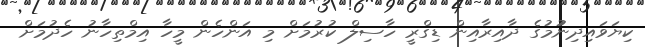
ކިޔަވައިދިނުުމުގެ ދާއިރާއިން ޑިގްރީ ހާސިލް ކުރުމަށް މި އަންހެން މީހާ އިމްތިހާނު ހެދުމަށް